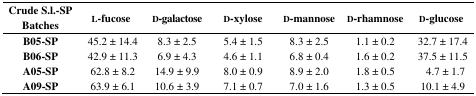
<table><thead><tr><td><b>Crude S.l.-SP Batches</b></td><td><b>l-fucose</b></td><td><b>d-galactose</b></td><td><b>d-xylose</b></td><td><b>d-mannose</b></td><td><b>d-rhamnose</b></td><td><b>d-glucose</b></td></tr></thead><tbody><tr><td><b>B05-SP</b></td><td>45.2 ± 14.4</td><td>8.3 ± 2.5</td><td>5.4 ± 1.5</td><td>8.3 ± 2.5</td><td>1.1 ± 0.2</td><td>32.7 ± 17.4</td></tr><tr><td><b>B06-SP</b></td><td>42.9 ± 11.3</td><td>6.9 ± 4.3</td><td>4.6 ± 1.1</td><td>6.8 ± 0.4</td><td>1.6 ± 0.2</td><td>37.5 ± 11.5</td></tr><tr><td><b>A05-SP</b></td><td>62.8 ± 8.2</td><td>14.9 ± 9.9</td><td>8.0 ± 0.9</td><td>8.9 ± 2.0</td><td>1.8 ± 0.5</td><td>4.7 ± 1.7</td></tr><tr><td><b>A09-SP</b></td><td>63.9 ± 6.1</td><td>10.6 ± 3.9</td><td>7.1 ± 0.7</td><td>7.0 ± 1.6</td><td>1.3 ± 0.5</td><td>10.1 ± 4.9</td></tr></tbody></table>